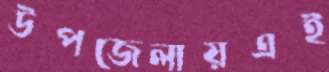
উপজেলায়এই